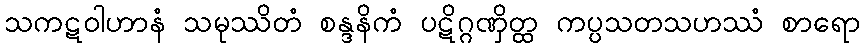
သကဋဝါဟာနံ သမုဿိတံ စန္ဒနိကံ ပဋိဂ္ဂဏှိတ္ထ ကပ္ပသတသဟဿံ စာရော